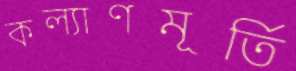
কল্যাণমূর্তি